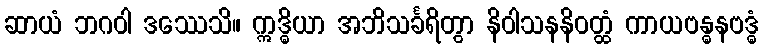
ဆာယံ ဘဂဝါ ဒဿေသိ။ ဣဒ္ဓိယာ အဘိသင်္ခရိတွာ နိဝါသနနိဝတ္ထံ ကာယဗန္ဓနဗဒ္ဓံ